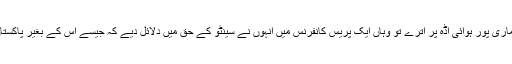
تہران کانفرنس کے بعد جب وہ ماری پور ہوائی اڈہ پر اترے تو وہاں ایک پریس کانفرنس میں انہوں نے سینٹو کے حق میں دلائل دیے کہ جیسے اس کے بغیر پاکستان بے یارو مدد گار رہ جائے گا۔